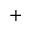
+